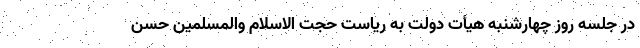
در جلسه روز چهارشنبه هیأت دولت به ریاست حجت الاسلام والمسلمین حسن